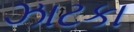
ઝાટકા